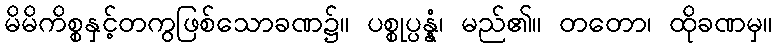
မိမိကိစ္စနှင့်တကွဖြစ်သောခဏ၌။ ပစ္စုပ္ပန္နံ၊ မည်၏။ တတော၊ ထိုခဏမှ။